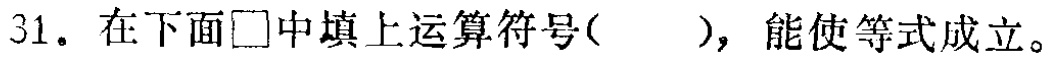
31. 在下面$\square$中填上运算符号( )，能使等式成立。